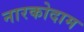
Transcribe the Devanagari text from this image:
नारकोदाम